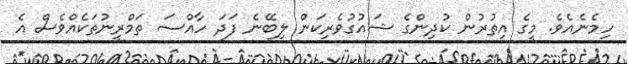
ހިމެނެއެވެ. މީގެ އިތުރުން ކުދިންގެ ޝައުގުވެރިިކަން ލިބޭނެ ފަދަ ހާއްސަ ތަމްރީނުތަކެއްވެސް އެ